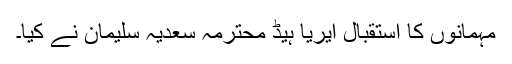
مہمانوں کا استقبال ایریا ہیڈ محترمہ سعدیہ سلیمان نے کیا۔